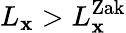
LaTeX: L_{\mathbf{x}}>L_{\mathbf{x}}^{\mathrm{{Zak}}}